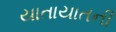
યાતાયાતની